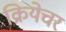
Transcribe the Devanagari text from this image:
क्रियेचर